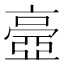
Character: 𠆊